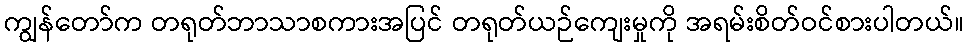
ကျွန်တော်က တရုတ်ဘာသာစကားအပြင် တရုတ်ယဉ်ကျေးမှုကို အရမ်းစိတ်ဝင်စားပါတယ်။